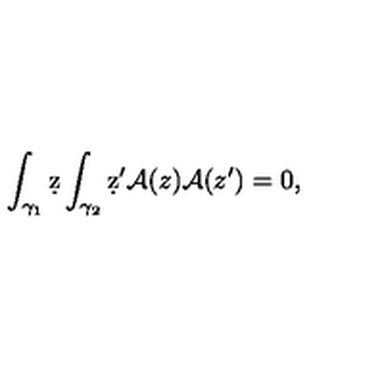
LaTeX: \int _ { \gamma _ { 1 } } \d z \int _ { \gamma _ { 2 } } \d z ^ { \prime } { \cal A } ( z ) { \cal A } ( z ^ { \prime } ) = 0 ,